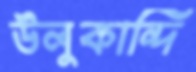
উলুকান্দি